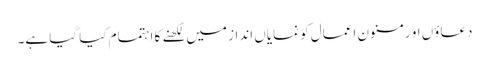
دعاؤں او رمسنون اعمال کو نمایاں انداز میں لکھنے کا اہتمام کیا گیا ہے۔